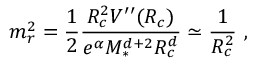
m _ { r } ^ { 2 } = \frac { 1 } { 2 } \frac { R _ { c } ^ { 2 } V ^ { \prime \prime } ( R _ { c } ) } { e ^ { \alpha } M _ { * } ^ { d + 2 } R _ { c } ^ { d } } \simeq \frac { 1 } { R _ { c } ^ { 2 } } \ ,